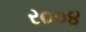
ર૦૦૪